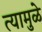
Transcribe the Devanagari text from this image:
त्यामुळे